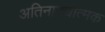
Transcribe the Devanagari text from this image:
अतिनाट्यात्मक